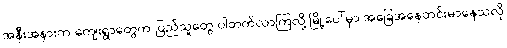
အနီးအနားက ကျေးရွာတွေက ပြည်သူတွေ ပါတက်လာကြလို့ မြို့ပေါ်မှာ အခြေအနေတင်းမာနေသလို